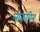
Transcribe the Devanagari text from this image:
लोकपिय